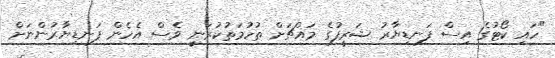
"ހައި ކޯޓުގެ އިސް ފަނޑިޔާރު ޝަރީފުގެ މައްޗަށް ތުހުމަތުކުރަނީ ވެސް އެހެން ފަނޑިޔާރުންނަށް